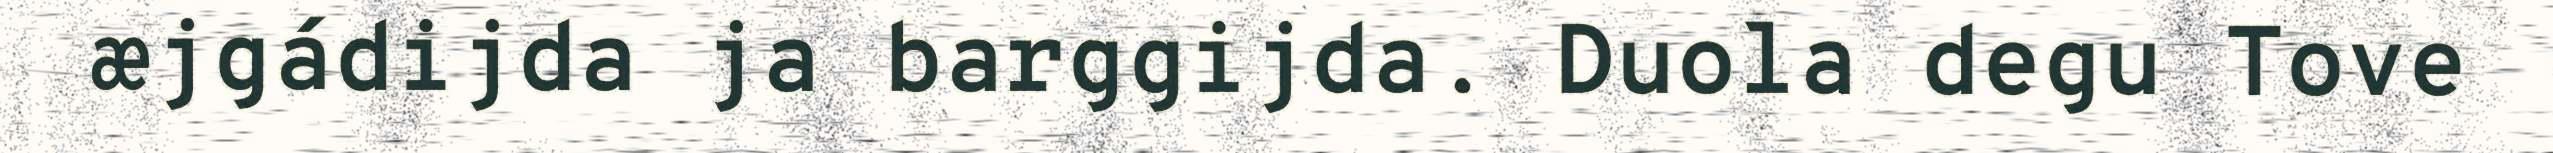
æjgádijda ja barggijda. Duola degu Tove